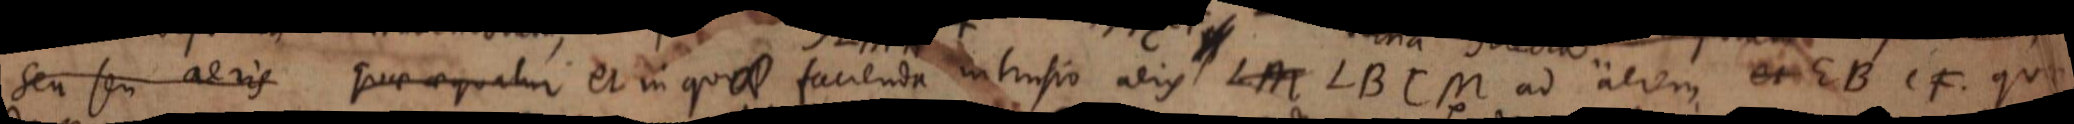
seu seu aeris quae aequatur et in quae facienda intrusio aeris LM LBCM ad aerem et EBCF quae